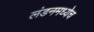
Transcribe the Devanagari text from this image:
लंडनमध्येच